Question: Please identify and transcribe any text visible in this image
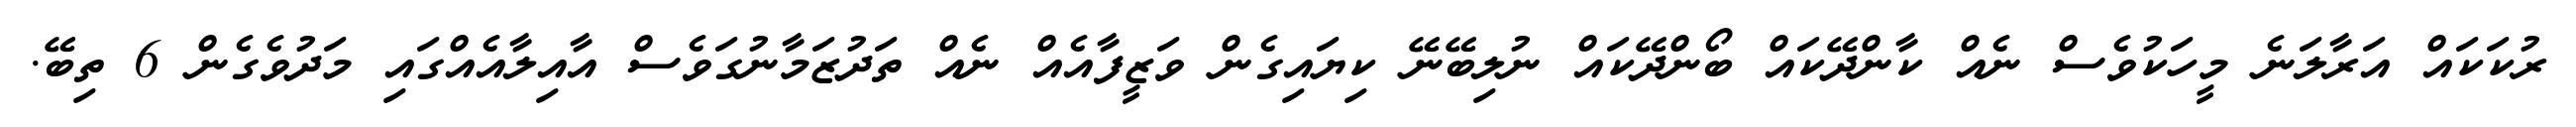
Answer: ރުކަކައް އަރާލަނެ މީހަކުވެސް ނެއް ކާންދޭކައް ބޯންދޭކައް ނުލިބޭނޭ ކިޔައިގެން ވަޒީފާއެއް ނެއް ތަދުޒަމާނުގަވެސް އާއިލާއެއްގައި މަދުވެގެން 6 ތިބޭ.